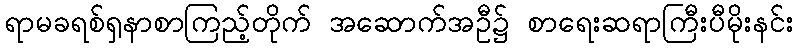
ရာမခရစ်ရှနာစာကြည့်တိုက် အဆောက်အဦ၌ စာရေးဆရာကြီးပီမိုးနင်း